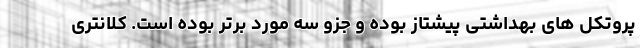
پروتکل های بهداشتی پیشتاز بوده و جزو سه مورد برتر بوده است. کلانتری